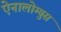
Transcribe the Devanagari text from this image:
ऐनालोग्युस